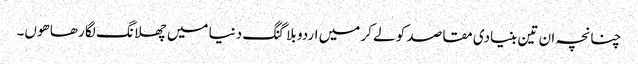
چنانچہ ان تین بنیادی مقاصد کو لے کر میں اردو بلاگنگ دنیا میں چھلانگ لگا رھا ھوں۔